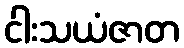
ငါးသယံဇာတ